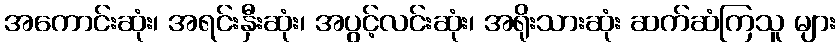
အကောင်းဆုံး၊ အရင်းနှီးဆုံး၊ အပွင့်လင်းဆုံး၊ အရိုးသားဆုံး ဆက်ဆံကြသူ များ